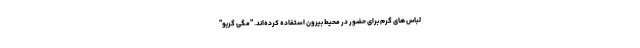
لباس های گرم برای حضور در محیط بیرون استفاده کرده‌اند. "مگی گریو"